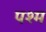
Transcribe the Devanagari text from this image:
पश्म